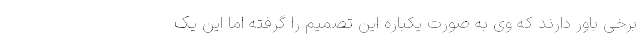
برخی باور دارند که وی به صورت یکباره این تصمیم را گرفته اما این یک